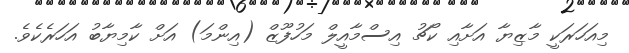
މިއަހަރަކީ މާޒިޔާ އަށާއި ކޯޗު އިސްމާއީލް މަހުފޫޒް (އިންމަ) އަށް ކާމިޔާބު އަހަރެކެވެ.